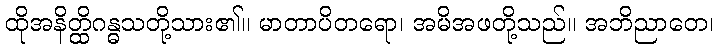
ထိုအနိတ္ထိဂန္ဓသတို့သား၏။ မာတာပိတရော၊ အမိအဖတို့သည်။ အဘိညာတေ၊